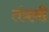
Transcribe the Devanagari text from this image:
तंत्रनी